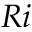
R i